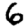
Digit: 6